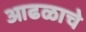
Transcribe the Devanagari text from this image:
आढळाचे